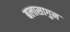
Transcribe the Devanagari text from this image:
बलासागुन